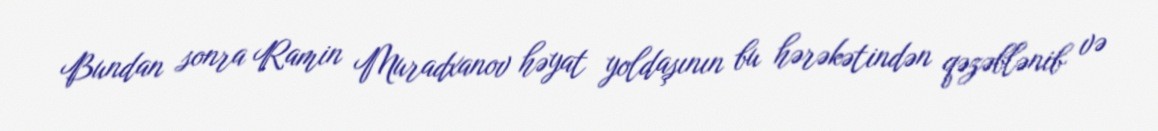
Bundan sonra Ramin Muradxanov həyat yoldaşının bu hərəkətindən qəzəblənib və